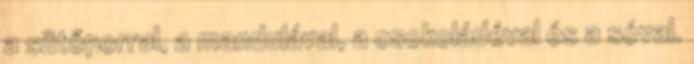
a sütőporral, a mandulával, a csokoládéval és a sóval.